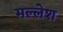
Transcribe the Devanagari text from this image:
मल्लेश